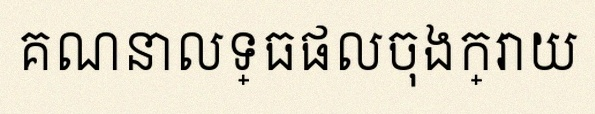
គណនាលទ្ធផលចុងក្រោយ